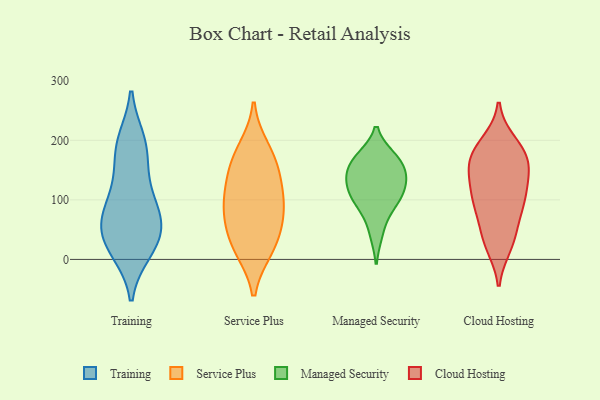
{"axis": {"x": "Energy Usage (MWh)", "y": "Value"}, "legend": ["Cloud Hosting", "Managed Security", "Service Plus", "Training"], "data": [{"x": "", "y": 50, "type": "Training"}, {"x": "", "y": 141, "type": "Training"}, {"x": "", "y": 55, "type": "Training"}, {"x": "", "y": 105, "type": "Training"}, {"x": "", "y": 179, "type": "Training"}, {"x": "", "y": 26, "type": "Training"}, {"x": "", "y": 15, "type": "Training"}, {"x": "", "y": 198, "type": "Training"}, {"x": "", "y": 18, "type": "Training"}, {"x": "", "y": 61, "type": "Training"}, {"x": "", "y": 92, "type": "Training"}, {"x": "", "y": 196, "type": "Training"}, {"x": "", "y": 72, "type": "Training"}, {"x": "", "y": 89, "type": "Service Plus"}, {"x": "", "y": 119, "type": "Service Plus"}, {"x": "", "y": 19, "type": "Service Plus"}, {"x": "", "y": 152, "type": "Service Plus"}, {"x": "", "y": 163, "type": "Service Plus"}, {"x": "", "y": 98, "type": "Service Plus"}, {"x": "", "y": 18, "type": "Service Plus"}, {"x": "", "y": 47, "type": "Service Plus"}, {"x": "", "y": 185, "type": "Service Plus"}, {"x": "", "y": 74, "type": "Service Plus"}, {"x": "", "y": 143, "type": "Managed Security"}, {"x": "", "y": 108, "type": "Managed Security"}, {"x": "", "y": 90, "type": "Managed Security"}, {"x": "", "y": 164, "type": "Managed Security"}, {"x": "", "y": 171, "type": "Managed Security"}, {"x": "", "y": 170, "type": "Managed Security"}, {"x": "", "y": 121, "type": "Managed Security"}, {"x": "", "y": 141, "type": "Managed Security"}, {"x": "", "y": 93, "type": "Managed Security"}, {"x": "", "y": 128, "type": "Managed Security"}, {"x": "", "y": 44, "type": "Managed Security"}, {"x": "", "y": 104, "type": "Cloud Hosting"}, {"x": "", "y": 108, "type": "Cloud Hosting"}, {"x": "", "y": 23, "type": "Cloud Hosting"}, {"x": "", "y": 130, "type": "Cloud Hosting"}, {"x": "", "y": 63, "type": "Cloud Hosting"}, {"x": "", "y": 98, "type": "Cloud Hosting"}, {"x": "", "y": 149, "type": "Cloud Hosting"}, {"x": "", "y": 172, "type": "Cloud Hosting"}, {"x": "", "y": 78, "type": "Cloud Hosting"}, {"x": "", "y": 161, "type": "Cloud Hosting"}, {"x": "", "y": 196, "type": "Cloud Hosting"}, {"x": "", "y": 101, "type": "Cloud Hosting"}, {"x": "", "y": 148, "type": "Cloud Hosting"}, {"x": "", "y": 31, "type": "Cloud Hosting"}, {"x": "", "y": 185, "type": "Cloud Hosting"}, {"x": "", "y": 30, "type": "Cloud Hosting"}, {"x": "", "y": 164, "type": "Cloud Hosting"}, {"x": "", "y": 187, "type": "Cloud Hosting"}]}